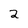
Character: 2